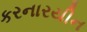
કરનારયીન